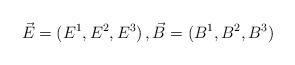
LaTeX: \begin{align*}\vec{E}=(E^1,E^2,E^3) \, , \vec{B}=(B^1,B^2,B^3)\end{align*}